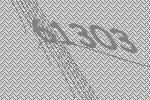
61303